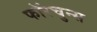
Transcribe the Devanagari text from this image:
फॉरचुन्स